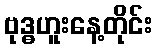
ဗုဒ္ဓဟူးနေ့တိုင်း